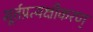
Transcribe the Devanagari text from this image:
मूर्त्तप्रत्यक्षीकरण्